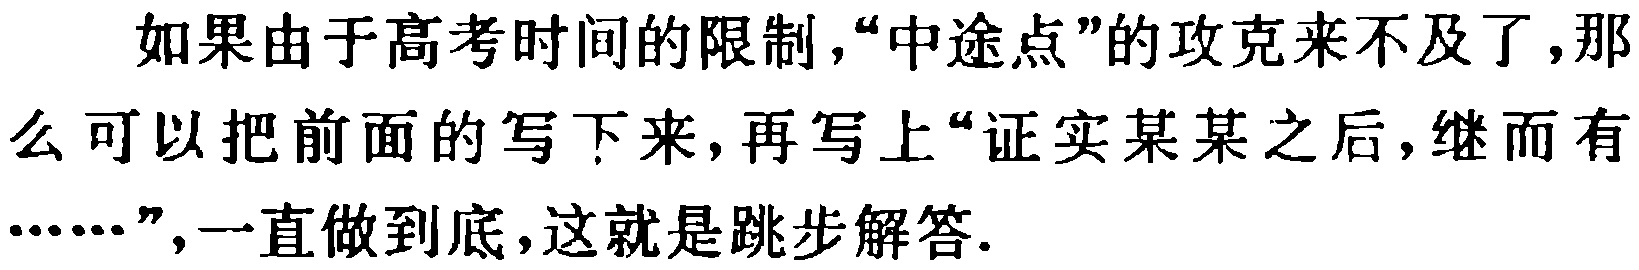
如果由于高考时间的限制，“中途点”的攻克来不及了，那么可以把前面的写下来，再写上“证实某某之后，继而有……”，一直做到底，这就是跳步解答.